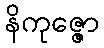
နိကုဇ္ဇော